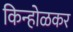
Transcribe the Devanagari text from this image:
किन्होळकर